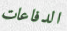
الدفاعات